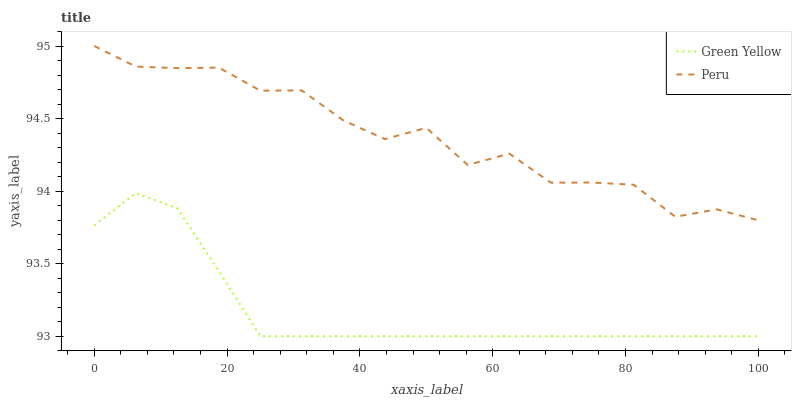
| xaxis_label | Green Yellow | Peru |
 | --- | --- | --- |
 | 0 | 93.8 | 95 |
 | 6.25 | 94 | 94.9 |
 | 12.5 | 93.9 | 94.8 |
 | 18.8 | 93.5 | 94.9 |
 | 25 | 93 | 94.7 |
 | 31.2 | 93 | 94.7 |
 | 37.5 | 93 | 94.5 |
 | 43.8 | 93 | 94.4 |
 | 50 | 93 | 94.4 |
 | 56.2 | 93 | 94.2 |
 | 62.5 | 93 | 94.3 |
 | 68.8 | 93 | 94.1 |
 | 75 | 93 | 94.1 |
 | 81.2 | 93 | 94 |
 | 87.5 | 93 | 93.8 |
 | 93.8 | 93 | 93.9 |
 | 100 | 93 | 93.8 |